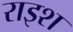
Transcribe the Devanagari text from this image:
राइश